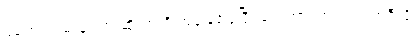
မတွေ့ရင် မယုံရဘူးဆိုတာကို အခြေခံပြုပြီး ရေးထားကြတယ်၊ အဲဒီလို